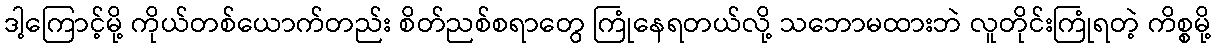
ဒါ့ကြောင့်မို့ ကိုယ်တစ်ယောက်တည်း စိတ်ညစ်စရာတွေ ကြုံနေရတယ်လို့ သဘောမထားဘဲ လူတိုင်းကြုံရတဲ့ ကိစ္စမို့